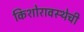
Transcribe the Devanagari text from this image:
किशोरावस्थेची